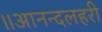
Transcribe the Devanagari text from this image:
॥आनन्दलहरी